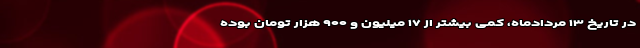
در تاریخ ۱۳ مردادماه، کمی بیشتر از ۱۷ میلیون و ۹۰۰ هزار تومان بوده